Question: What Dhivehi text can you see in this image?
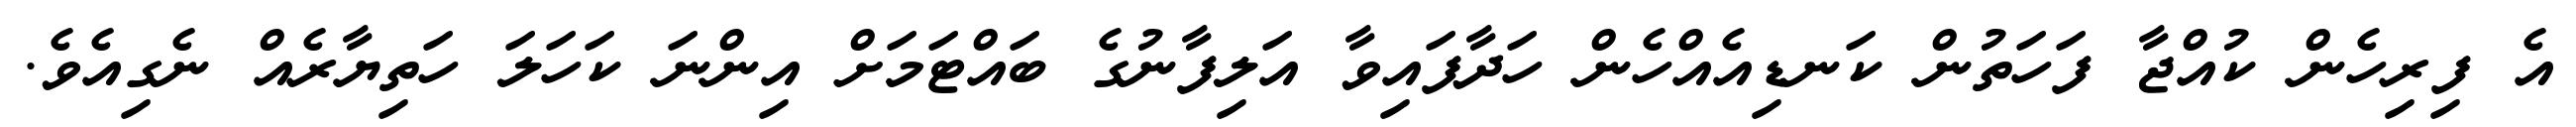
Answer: އެ ފިރިހެން ކުއްޖާ ފަހަތުން ކަނޑިއެއްހެން ހަދާފައިވާ އަލިފާނުގެ ބައްޓަމަށް އިންނަ ކަހަލަ ހަތިޔާރެއް ނެގިއެވެ.